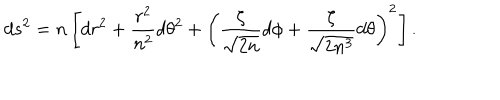
d s ^ { 2 } = n \left[ d r ^ { 2 } + \frac { r ^ { 2 } } { n ^ { 2 } } d \theta ^ { 2 } + \left( \frac \zeta { \sqrt { 2 n } } d \phi + \frac \zeta { \sqrt { 2 n ^ { 3 } } } d \theta \right) ^ { 2 } \right] .